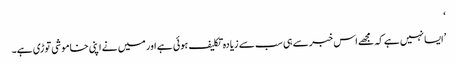
‘
’ایسا نہیں ہے کہ مجھے اس خبر سے ہی سب سے زیادہ تکلیف ہوئی ہے اور میں نے اپنی خاموشی توڑی ہے۔